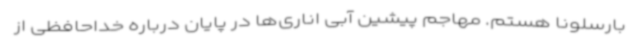
بارسلونا هستم. مهاجم پیشین آبی اناری‌ها در پایان درباره خداحافظی از